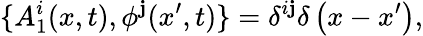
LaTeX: \{ A_{1}^{i}(x,t),\phi^{\mathbf{j}}(x^{\prime},t)\} =\delta^{i\mathbf{j}}\delta\left(x-x^{\prime}\right),